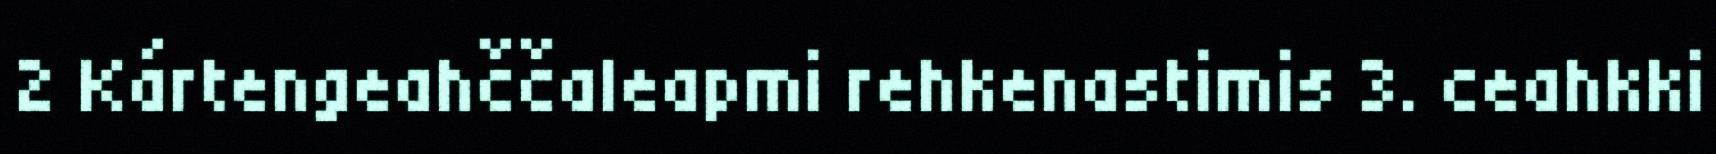
2 Kártengeahččaleapmi rehkenastimis 3. ceahkki